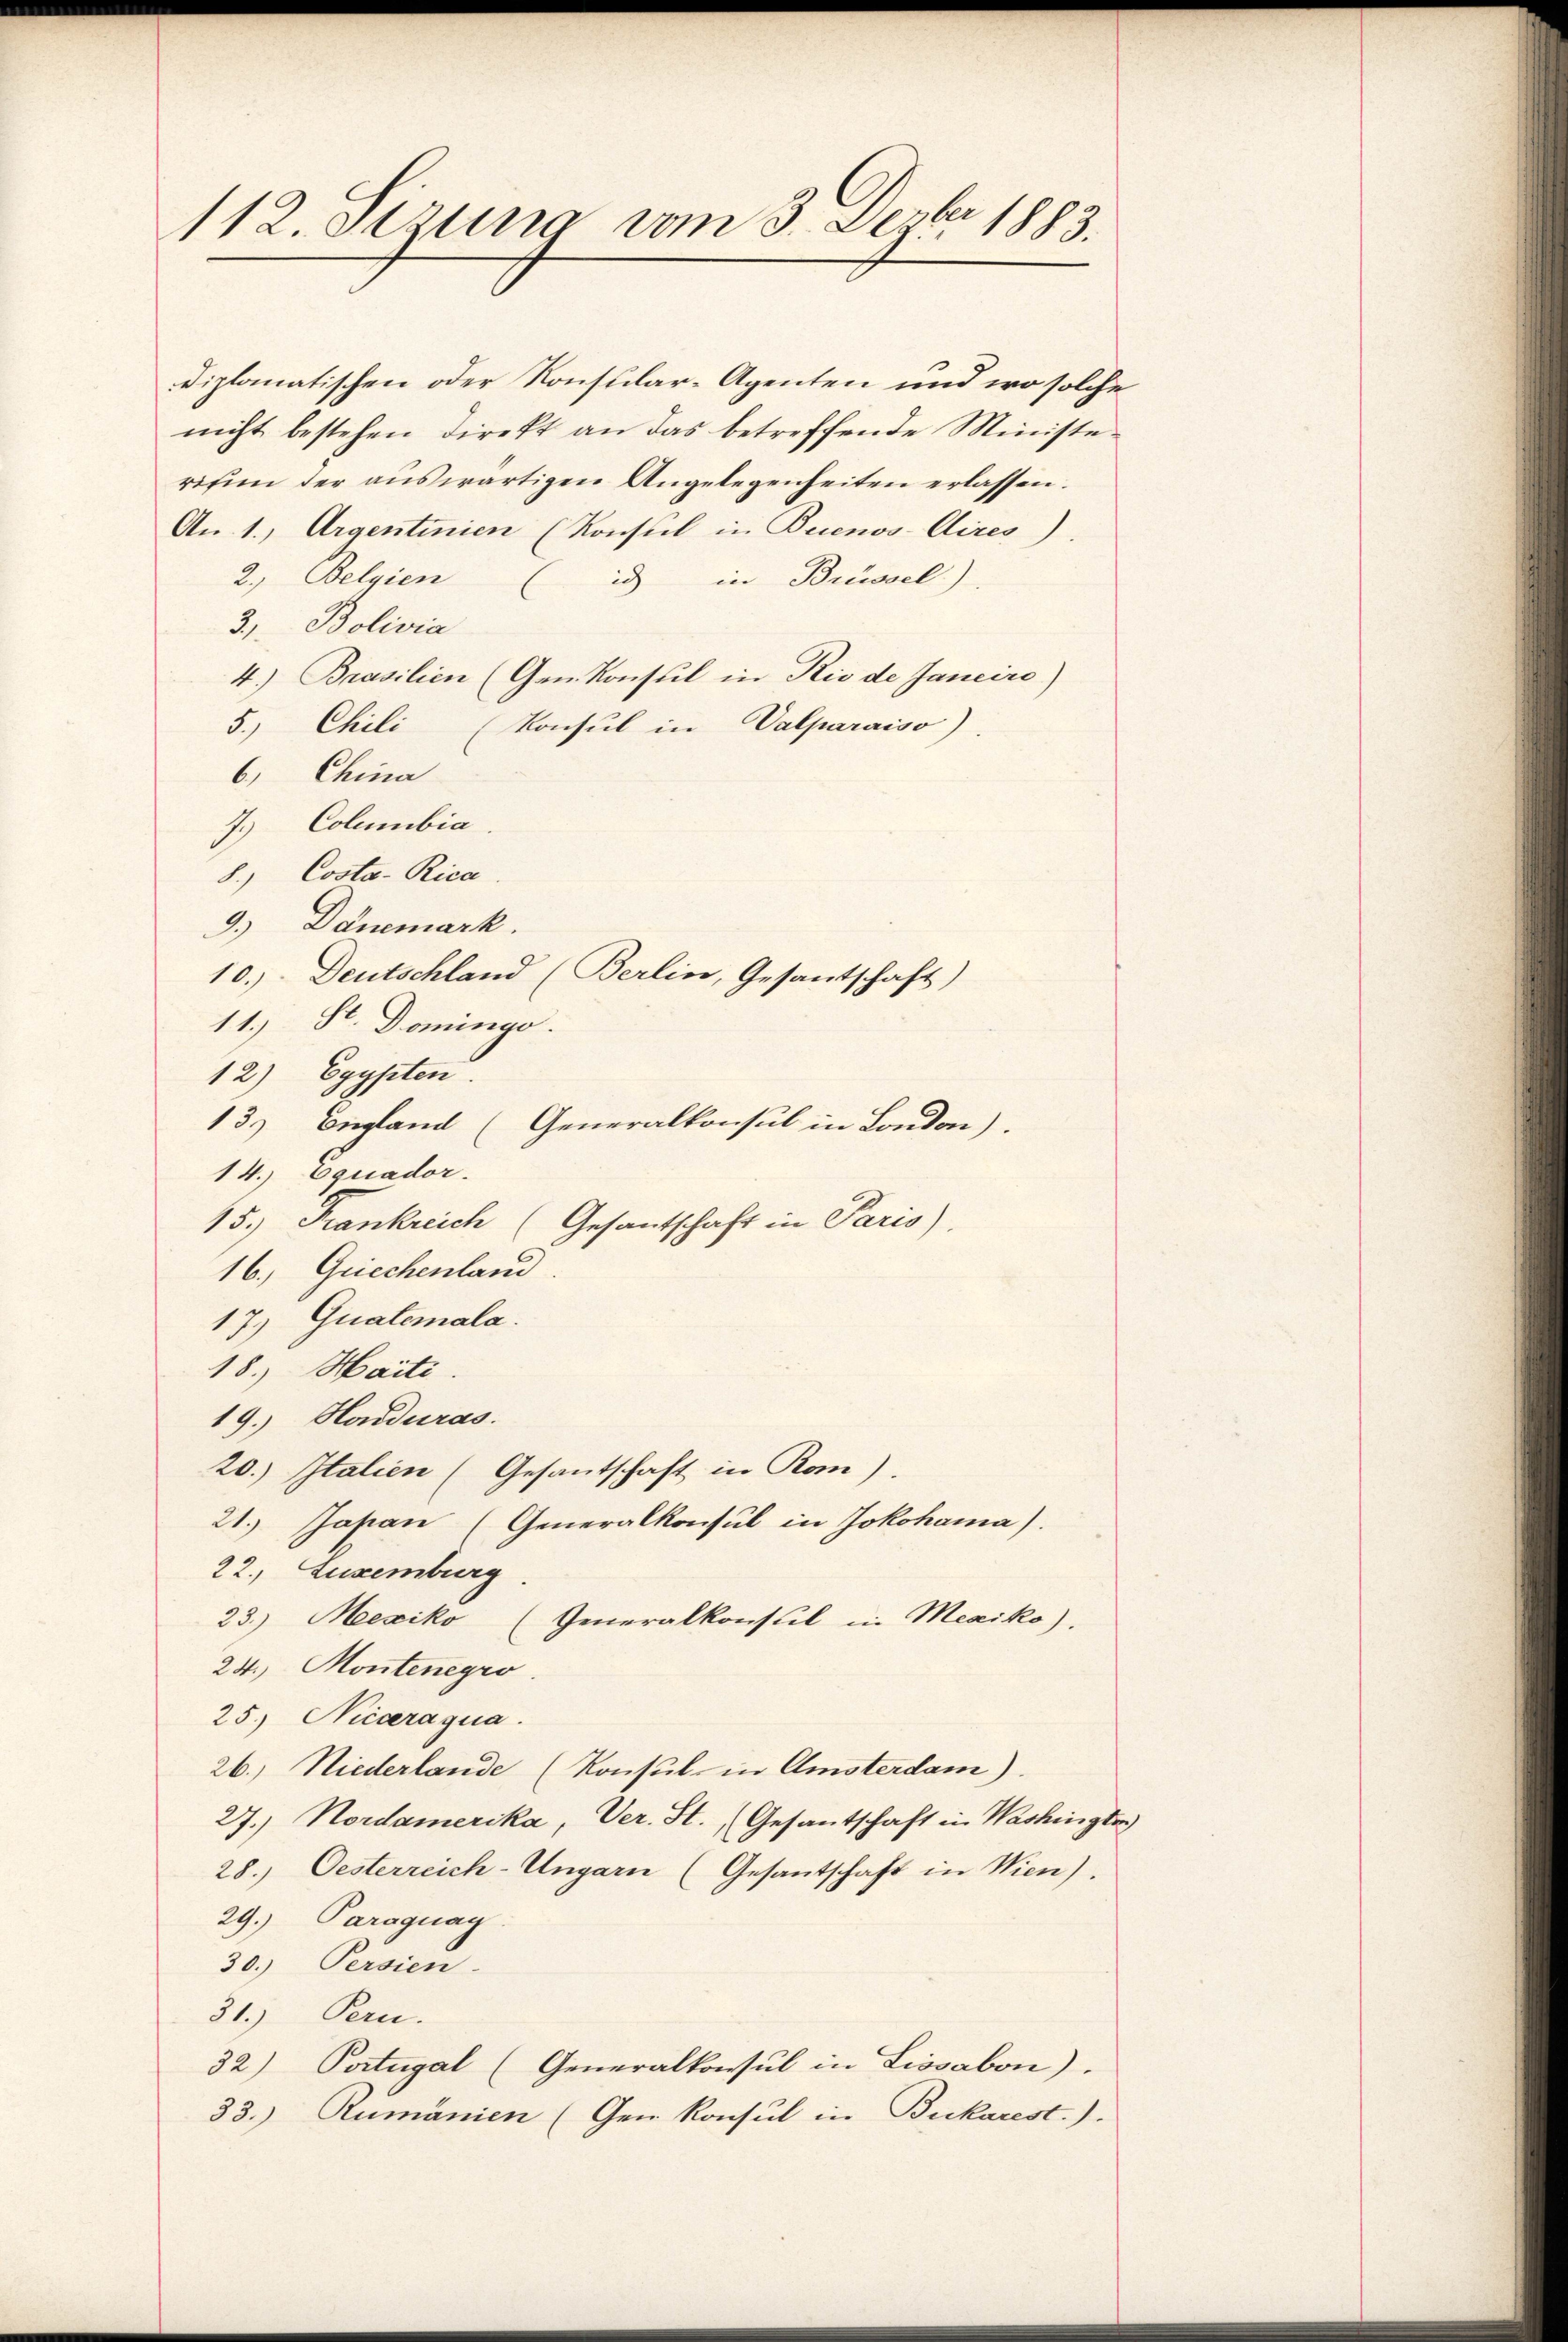
112. Serung vom 3. Dezbr 1883.

diplomatischen oder Konsular-Agenten und wo solche
nicht bestehen direkt an das betreffende Ministe
risin der aŭswärtigen Angelegenheiten erlassen.
An 1., Argentinien (Konsul in Buenos-Aires).
2. Belgien (id in Brüssel)
3, Bolivia
4.) Brasilien (Gen. Konsul in Rio de Janeiro)
5. Chili Konsul in Valparaiso)
6. China
7.) Columbia
8.) Costa-Rica
9.) Danemark.
10.) Deutschland (Berlin, Gesantschaft)
11.) St. Domingo.
12) Egypten.
13.) England (Generalkonsul in London).
14.) Oquador.
15.) Frankreich (Gesantschaft in Paris)
16., Griechenland
17.) Qualemala.
18.) Haiti.
19.) Honduras.
20.) Italien (Gesantschaft in Rom).
21.) Japan (Generalkonsul in Jokohama).
22. Luxenburg
23.) Mexiko
Generalkonsul in Mexiko).
24.) Montenegro
25.) Niccraqua
26.) Niederlande (Konsul in Amsterdam).
27.) Nordamerika, Ver. St. Gesantschaft in Washingte
28. Oesterreich-Ungarn (Gesantschaft in Wien).
29.) Paraguay
30.) Persien.
31.) Pern.
32) Portugal (Generalkonsul in Lissabon).
33.) Rumänien (Gen Konsul in Bukarest.).